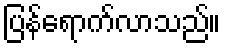
ပြန်ရောက်လာသည်။